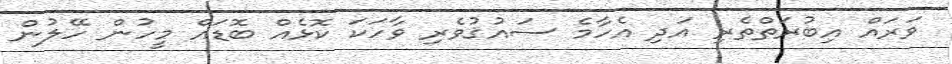
ވަރައް އިބުރަތްތެރި އަދި އެހާމެ ސައުޤުވެރި ވާހަކަ ކޮޅެއް ބޮޑައް މީހުން ހޭލުން